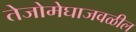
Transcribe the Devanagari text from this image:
तेजोमेघाजवळील